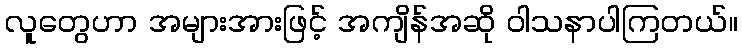
လူတွေဟာ အများအားဖြင့် အကျိန်အဆို ဝါသနာပါကြတယ်။